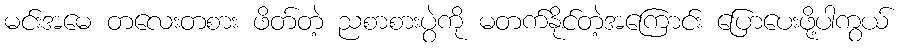
မင်းအမေ တလေးတစား ဖိတ်တဲ့ ညစာစားပွဲကို မတက်နိုင်တဲ့အကြောင်း ပြောပေးဖို့ပါကွယ်